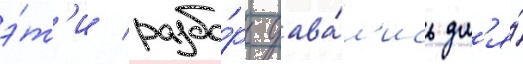
э́т'и разбо́ры дава́л'ись дл'я́